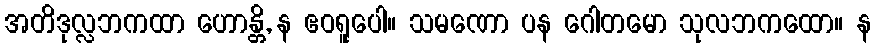
အတိဒုလ္လဘကထာ ဟောန္တိ, န ဧဝရူပေါ။ သမဏော ပန ဂေါတမော သုလဘကထော။ န